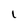
Character: l